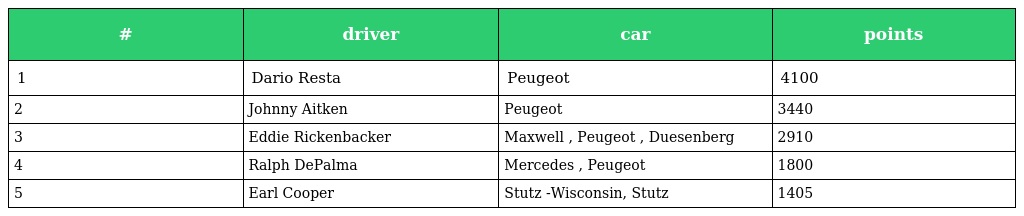
| # | driver | car | points |
 | --- | --- | --- | --- |
 | 1 | Dario Resta | Peugeot | 4100 |
 | 2 | Johnny Aitken | Peugeot | 3440 |
 | 3 | Eddie Rickenbacker | Maxwell , Peugeot , Duesenberg | 2910 |
 | 4 | Ralph DePalma | Mercedes , Peugeot | 1800 |
 | 5 | Earl Cooper | Stutz -Wisconsin, Stutz | 1405 |